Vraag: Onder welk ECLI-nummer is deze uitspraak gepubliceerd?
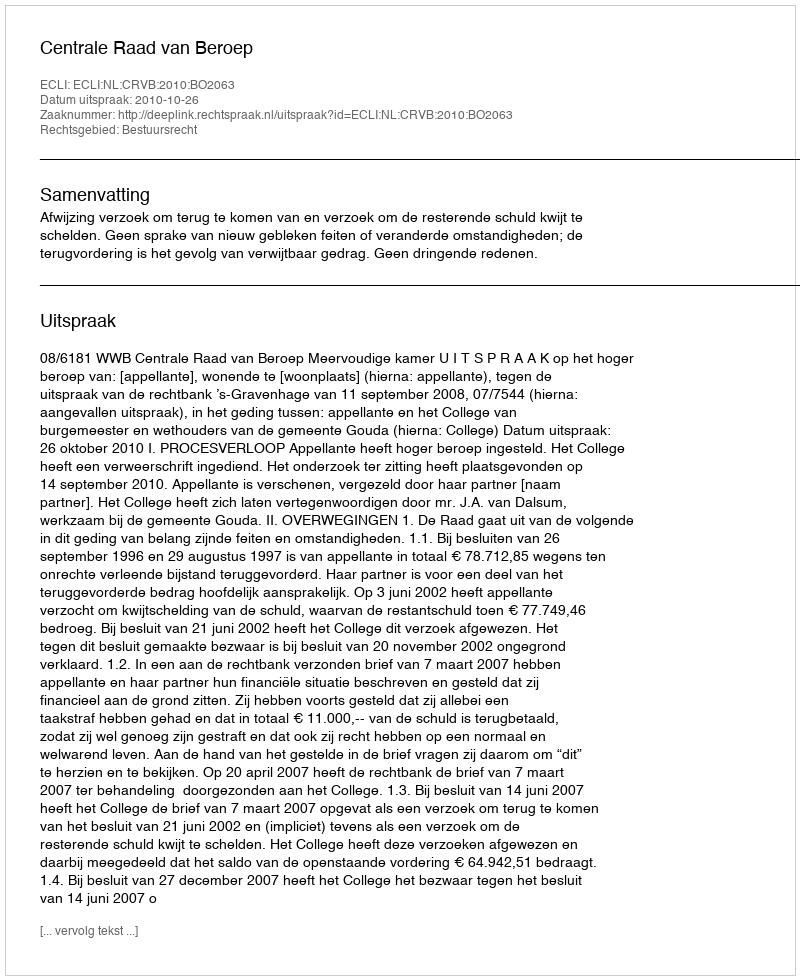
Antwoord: ECLI:NL:CRVB:2010:BO2063